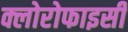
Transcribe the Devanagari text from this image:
क्लोरोफाइसी